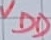
Text: VDD